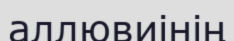
аллювиінің